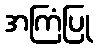
အကြံပြု